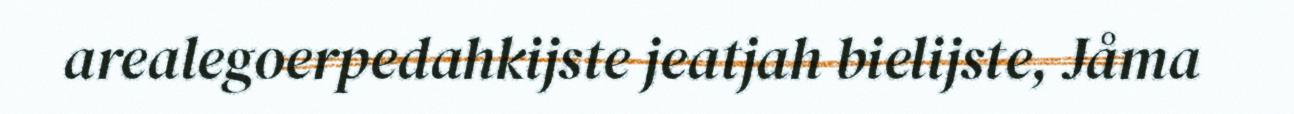
arealegoerpedahkijste jeatjah bielijste, Jåma